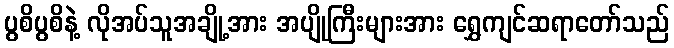
ပွစိပွစိနဲ့ လိုအပ်သူအချို့အား အပျိုကြီးများအား ရွှေကျင်ဆရာတော်သည်